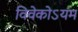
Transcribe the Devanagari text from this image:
विवेकोऽयम